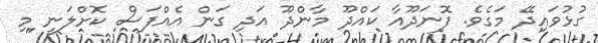
ގުޅުވައިދޭ މަގެވެ. ފޮނަދޫއާ ކައްދޫ މާންދޫ އަދި ގަން އެއްފަސް ކޮށްލަނީ މި